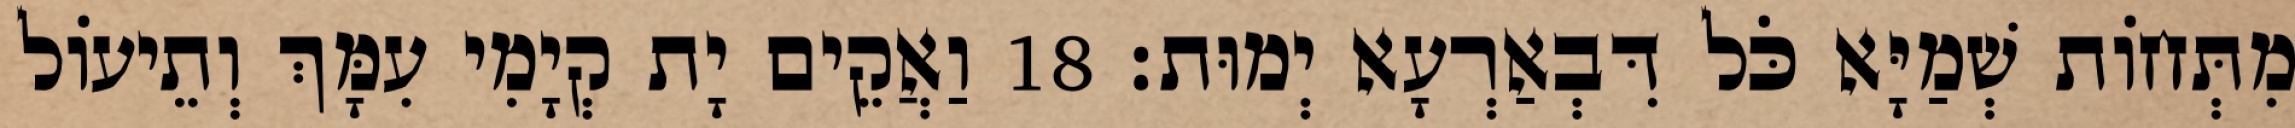
מִתְּחוֹת שְׁמַיָּא כֹּל דִּבְאַרְעָא יְמוּת׃ 18 וַאֲקֵים יָת קְיָמִי עִמָּךְ וְתֵיעוֹל